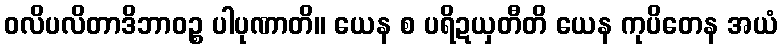
ဝလိပလိတာဒိဘာဝဉ္စ ပါပုဏာတိ။ ယေန စ ပရိဍယှတီတိ ယေန ကုပိတေန အယံ